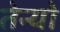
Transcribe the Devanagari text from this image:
तेन्यो